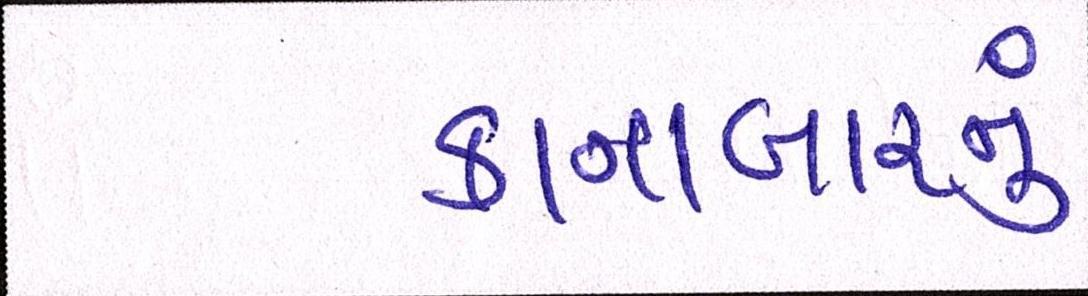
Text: કાનાબારનું